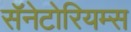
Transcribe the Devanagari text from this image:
सॅनेटोरियम्स